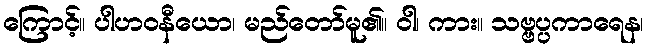
ကြောင့်။ ပါဟဝနီယော၊ မည်တော်မူ၏။ ဝါ၊ ကား။ သဗ္ဗပ္ပကာရေန၊